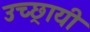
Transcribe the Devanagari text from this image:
उच्छ्रायी